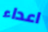
اعداء